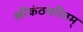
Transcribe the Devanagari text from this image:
श्रीकंठचरितम्